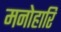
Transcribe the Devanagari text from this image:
मनोहारि